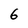
Character: 6